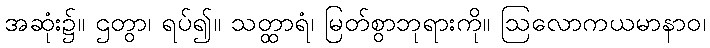
အဆုံး၌။ ဌတွာ၊ ရပ်၍။ သတ္ထာရံ၊ မြတ်စွာဘုရားကို။ ဩလောကယမာနာဝ၊